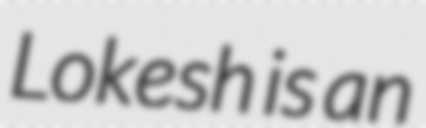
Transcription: Lokesh is an